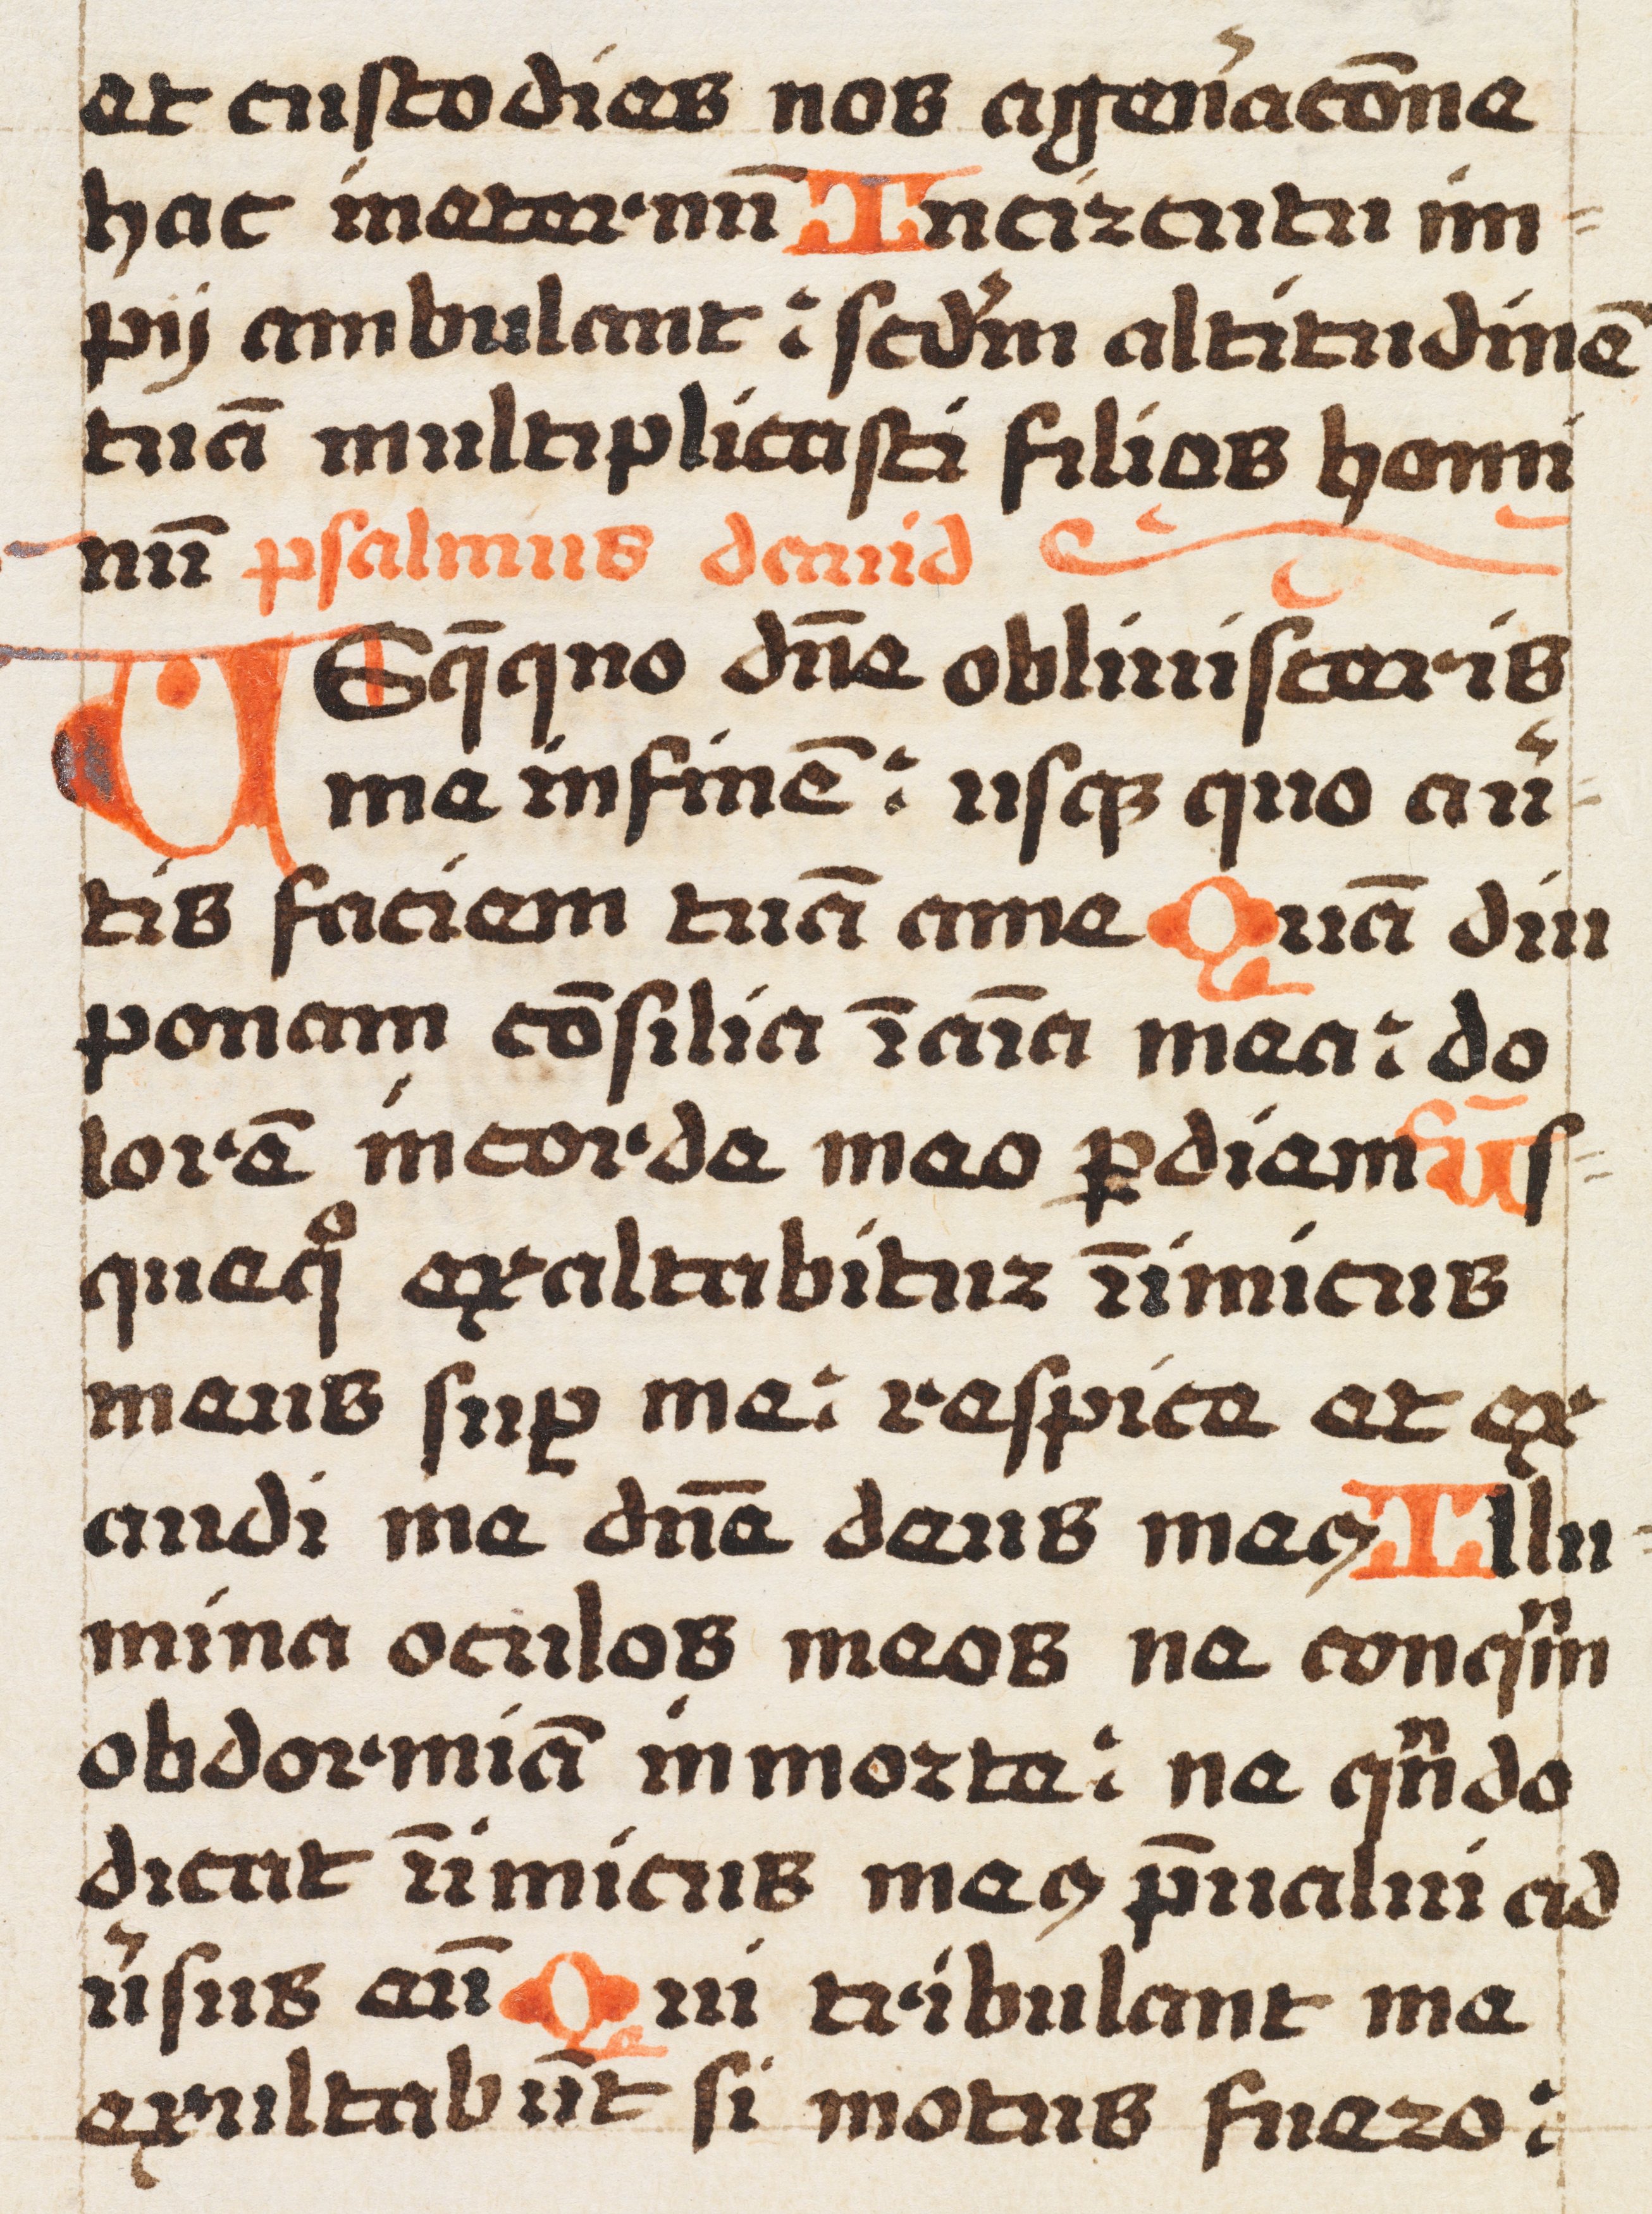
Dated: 1492–1492